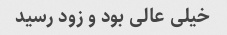
خیلی عالی بود و زود رسید